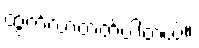
ထွက်လာတတ်ပါတယ်။